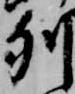
列